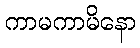
ကာမကာမိနော